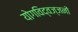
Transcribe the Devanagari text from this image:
योगविद्वज्जनों